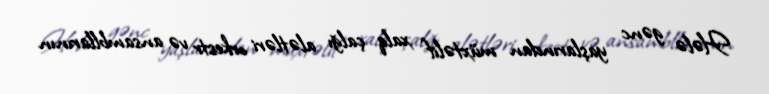
Hələ gənc yaşlarından müxtəlif xalq çalğı alətləri orkestr və ansambllarının